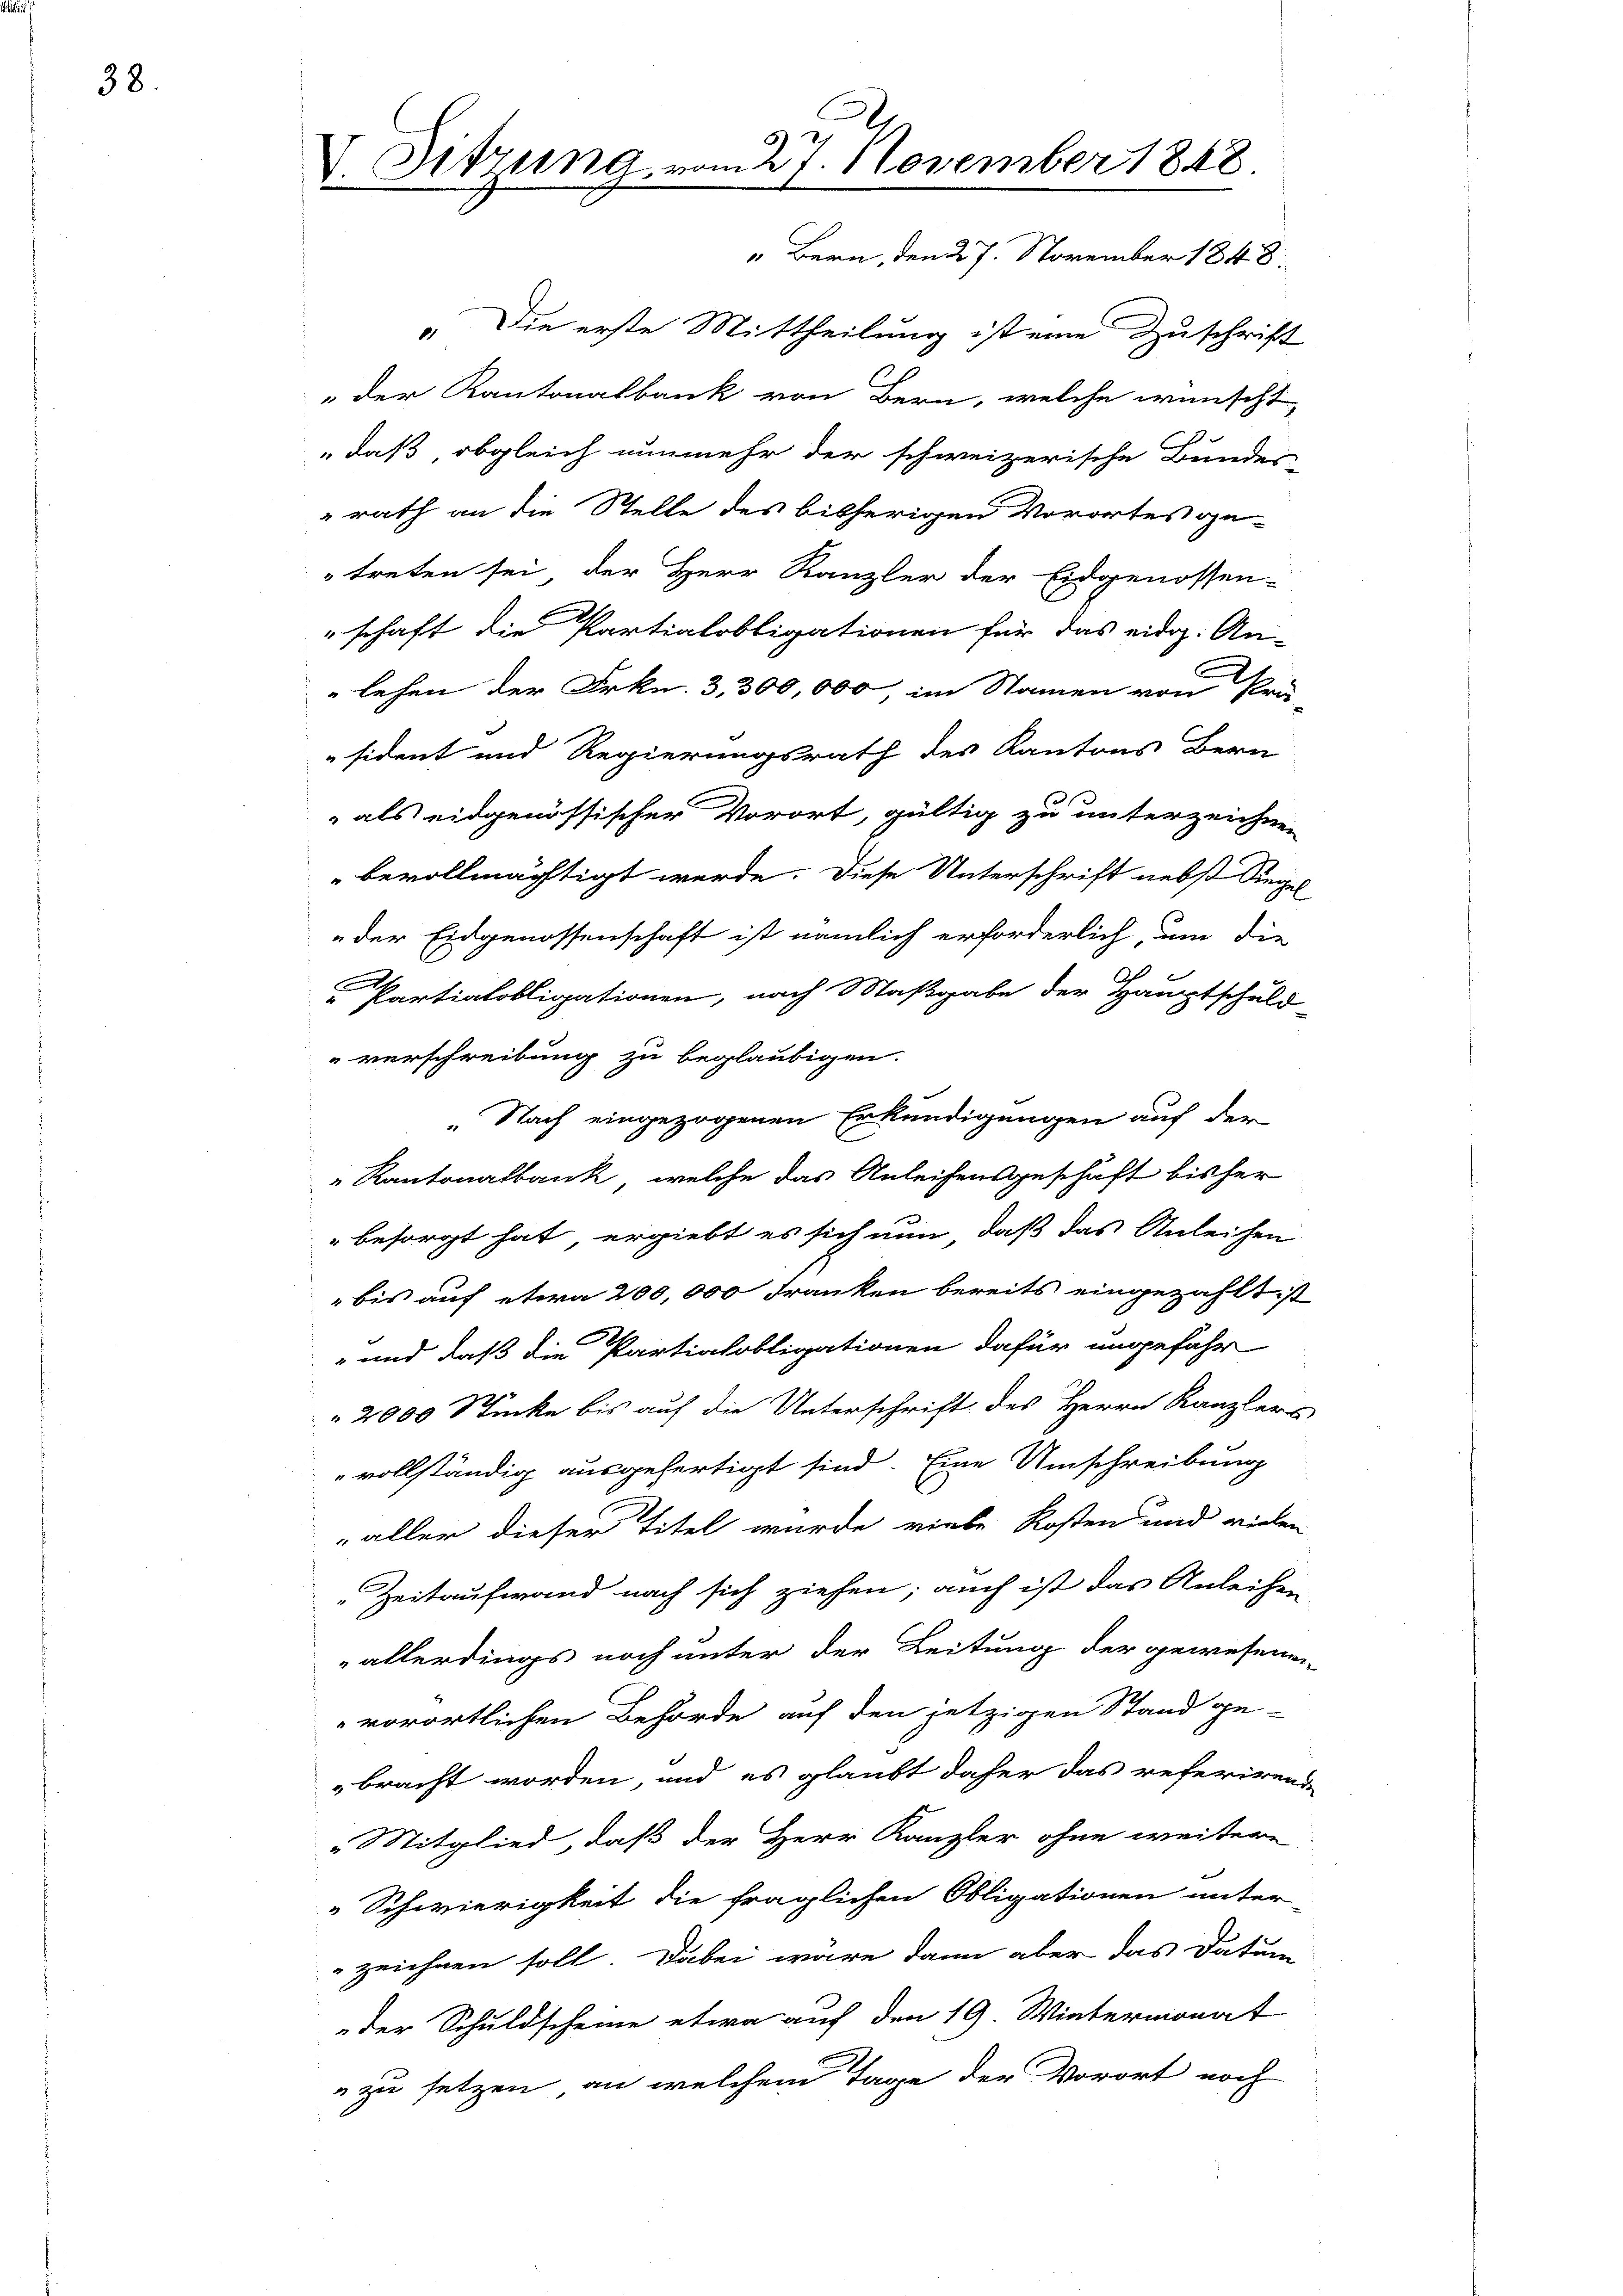
38.

V. Sitzung vom 27. November 1848.
" Bern, den 27. November 1848.
". Die erste Mittheilung ist eine Zuschrift
" der Kantonalbank von Bern, welche wünscht
daß, obgleich nunmehr der schweizerische Bundes-

rath an die Stelle des bisherigen Vorortes ge-
treten sei, der Herr Kanzler der Eidgenossen-
schaft die Partialobligationen für das eidg. An
lehen der Frkn. 3, 300,000, im Namen von Pri-
sident und Regierungsrath des Kantons Bern
als eidgenössischer Vorort, gültig zu unterzeichnen
bevollmächtigt werde. Diese Unterschrift nebst Siegel
der Eidgenossenschaft ist nämlich erforderlich, um die
Partialobligationen, nach Maßgabe der Hauptschuld-
verschreibung zu beglaubigen.
„Nach eingezogenen Erkundigungen auf der
Kantonalbank, welche das Anleihensgeschäft bisher
" besorgt hat, ergiebt es sich nun, daß das Anleihen
bis auf etwa 200,000 Franken bereits eingezahlt ist
" und daß die Partialobligationen dafür ungefähr
2000 Stücke bis auf die Unterschrift des Herrn Kanzlers
vollständig ausgefertigt sind. Eine Umschreibung
aller dieser Titel wurde viele Kosten und vielen
Zeitaufwand nach sich ziehen; auch ist das Anleihen
allerdings noch unter der Leitung der gewesenen
vorörtlichen Behörde auf den jetzigen Stand ge-
bracht worden, und es glaubt daher das referirend
" Mitglied, daß der Herr Kanzler ohne weitere
„Schwierigkeit die fraglichen Obligationen unter
zeichnen soll. Dabei wäre dann aber das Datum
der Schuldscheine etwa auf den 19. Wintermonat
zu setzen, an welchem Tage der Vorort noch